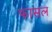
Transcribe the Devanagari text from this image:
फासल